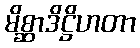
မိစ္ဆာဒိဋ္ဌိဟတာ